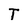
Character: T